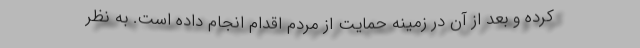
کرده و بعد از آن در زمینه حمایت از مردم اقدام انجام داده است. به نظر